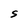
Character: S